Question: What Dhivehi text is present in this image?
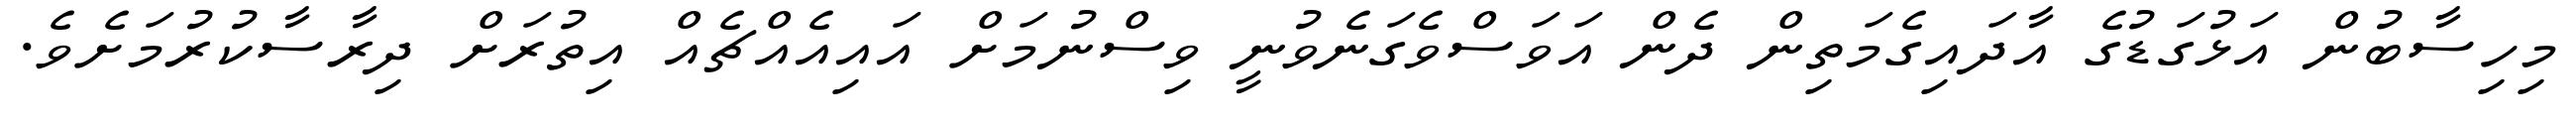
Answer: މިހިސާބުން އަޅުގަޑުގެ އާދައިގެމަތިން ދެން އަވަސްވެގަނެވުނީ ވިސްނުމަށް އައިއެއްޗެއް އިތުރަށް ދިރާސާކުރުމަށެވެ.